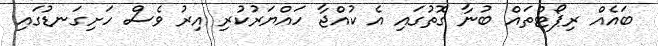
ބައެއް ރިޕޯޓްތައް ބުނާ ގޮތުގައި އެ ކުއްޖާ ހައްޔަރުކުރި އިރު ވެސް ހަށިގަނޑުގައި